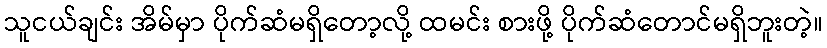
သူငယ်ချင်း အိမ်မှာ ပိုက်ဆံမရှိတော့လို့ ထမင်း စားဖို့ ပိုက်ဆံတောင်မရှိဘူးတဲ့။